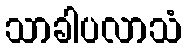
သာခါပလာသံ